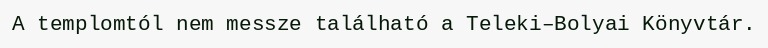
A templomtól nem messze található a Teleki–Bolyai Könyvtár.